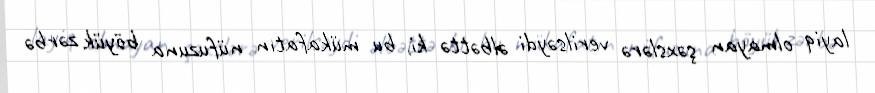
layiq olmayan şəxslərə verilsəydi əlbəttə ki, bu mükafatın nüfuzuna böyük zərbə